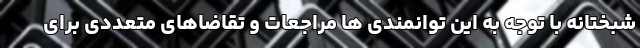
شبختانه با توجه به این توانمندی ها مراجعات و تقاضاهای متعددی برای